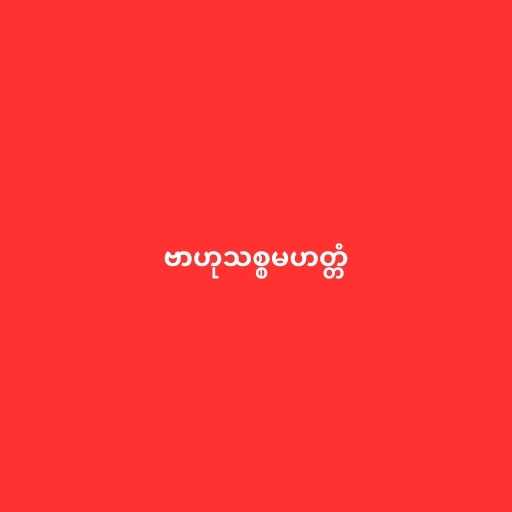
ဗာဟုသစ္စမဟတ္တံ